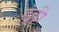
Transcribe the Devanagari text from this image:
ढूंढ़ी